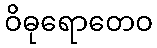
ဝိဓုရောတေဝ